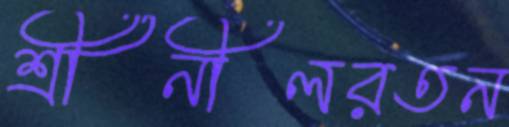
শ্রীনীলরতন